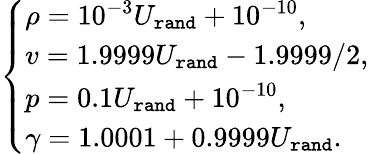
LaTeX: \begin{array}{r}{\left\{ \begin{array}{ll}{\rho=10^{-3}U_{\tt rand}+10^{-10},}\\ {v=1.9999U_{\tt rand}-1.9999/2,}\\ {p=0.1U_{\tt rand}+10^{-10},}\\ {\gamma=1.0001+0.9999U_{\tt rand}.}\end{array}\right.}\end{array}